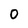
Character: 0